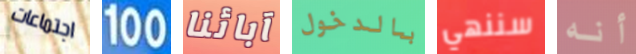
اجتماعات 100 آبائنا بالدخول سننهي أنه